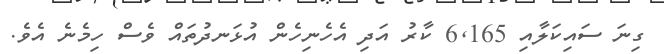
ގިނަ ސައިކަލާއި 6